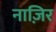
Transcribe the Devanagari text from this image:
नाज़िर